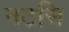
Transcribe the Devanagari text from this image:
नटसि